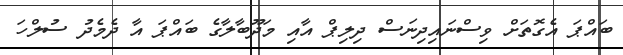
ބައްޕަ އެގޮތަށް ވިސްނައިދިނަސް ދިލިޕް އާއި މަދޫބާލާގެ ބައްޕަ އާ ދެމެދު ސުލްހަ